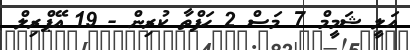
އަލީ ޝަމީމް 7 މަސް 2 ހަފްތާ ކުރިން - 19 އޭޕްރިލް